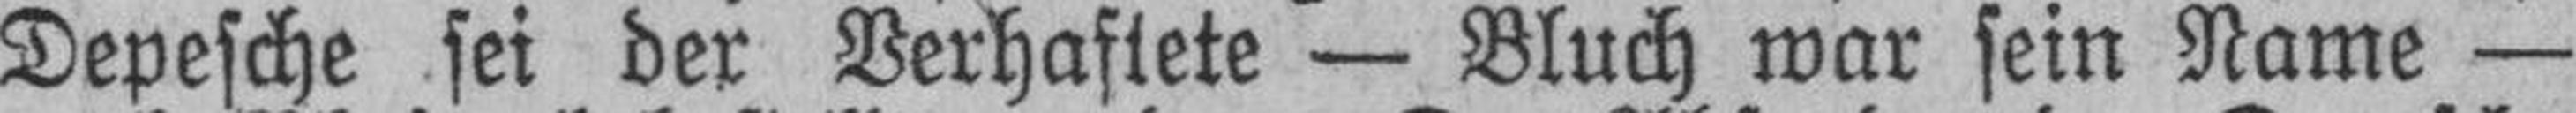
Depesche sei der Verhaftete — Bluch war sein Name —